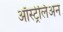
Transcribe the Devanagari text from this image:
ऑस्ट्रेलिअन